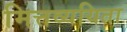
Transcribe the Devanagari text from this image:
मित्तव्ययिता